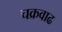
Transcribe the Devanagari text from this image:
चक्रवाढ